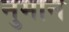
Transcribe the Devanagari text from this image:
नुमान